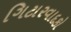
ગિટારવાદકો